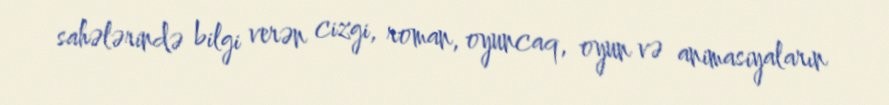
sahələrində bilgi verən cizgi, roman, oyuncaq, oyun və animasiyaların